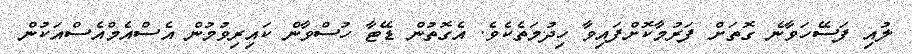
ލުއި ފަސޭހަވާނެ ގޮތަށް ފަރުމާކޮށްފައިވާ ހިދުމަތެކެވެ. އެގޮތުން ޑޭޓާ ހުސްވާން ކައިރިވުމުން އެސްއެމްއެސްއަކުން